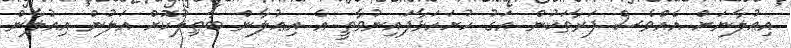
އިޢުލާނަށް އެއްވެސް ފަރާތަކުން އަގު ހުށަހަޅާފައިނުވާތީ އެ އިޢުލާން ބާޠިލުކޮށް އަލުން އިއުލާން